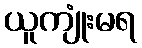
ယူကျုံးမရ